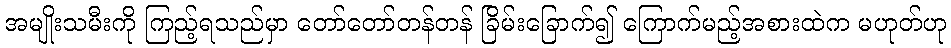
အမျိုးသမီးကို ကြည့်ရသည်မှာ တော်တော်တန်တန် ခြိမ်းခြောက်၍ ကြောက်မည့်အစားထဲက မဟုတ်ဟု